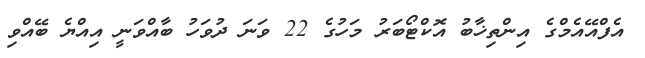
އެފްއޭއެމްގެ އިންތިޚާބު އޮކްޓޯބަރު މަހުގެ 22 ވަނަ ދުވަހު ބާއްވަނީ އިއްޔެ ބޭއްވި